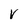
Character: v